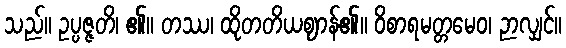
သည်။ ဥပ္ပဇ္ဇတိ၊ ၏။ တဿ၊ ထိုတတိယဈာန်၏။ ဝိစာရမတ္တမေဝ၊ ဉာလျှင်။